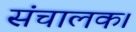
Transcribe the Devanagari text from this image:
संचालक।